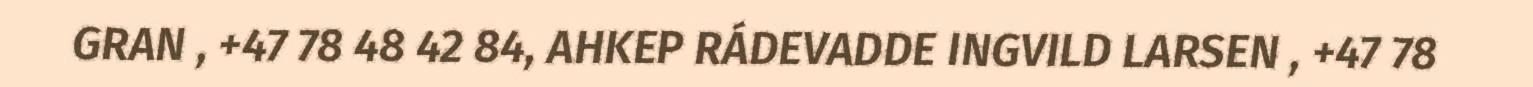
GRAN , +47 78 48 42 84, AHKEP RÁDEVADDE INGVILD LARSEN , +47 78